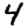
Digit: 4